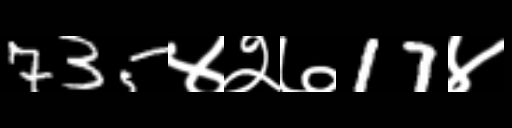
Text: 735४२७17४